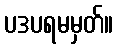
ပဒပရမမှတ်။